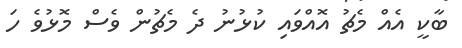
ބާކީ އެއް މެޗު އޮއްވައި ކުޅުނު ދެ މެޗުން ވެސް މޮޅުވެ ހަ